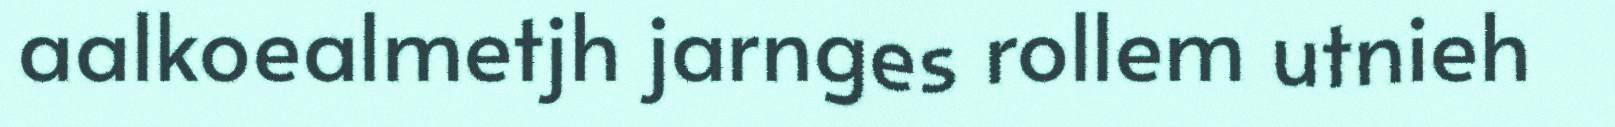
aalkoealmetjh jarnges rollem utnieh